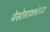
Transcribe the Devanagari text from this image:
मेसोसाक्लोपस